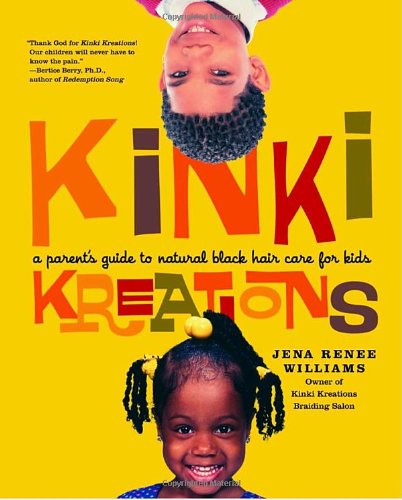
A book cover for Kinki Kreations: A Parent's Guide to Natural Black Hair Care for Kids; Jena Renee Williams; Health, Fitness & Dieting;